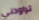
تراودني